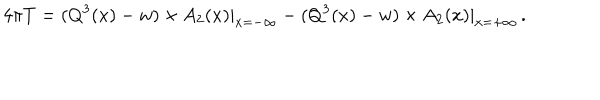
LaTeX: 4 \pi T = ( Q ^ { 3 } ( x ) - w ) \times A _ { 2 } ( x ) | _ { x = - \infty } - ( Q ^ { 3 } ( x ) - w ) \times A _ { 2 } ( x ) | _ { x = + \infty } \, .